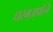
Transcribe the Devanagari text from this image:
धरम्अपत्नि